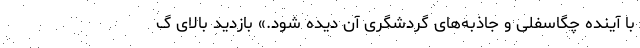
با آینده چگاسفلی و جاذبه‌های گردشگری آن دیده شود.» بازدید بالای گ